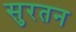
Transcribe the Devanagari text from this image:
सुरतन